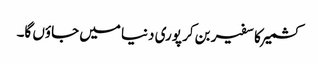
کشمیر کا سفیر بن کر پوری دنیا میں جاؤں گا۔